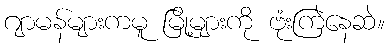
ဂျာမန်များကမူ မြို့များကို ဗုံးကြဲနေဆဲ။